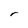
Character: r